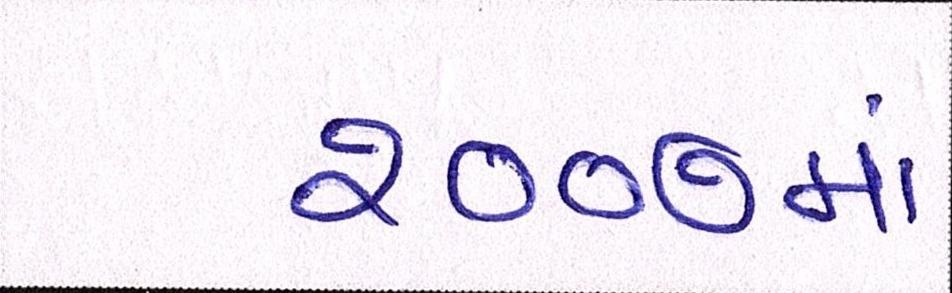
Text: ૨૦૦૭માં